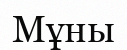
Мұны